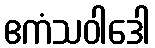
ဧကံသဝါဒေါ